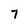
Character: 7